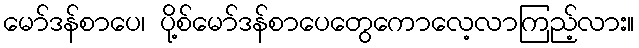
မော်ဒန်စာပေ၊ ပို့စ်မော်ဒန်စာပေတွေကောလေ့လာကြည့်လား။